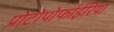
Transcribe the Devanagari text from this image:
प्रोटोपोर्फाईरिया